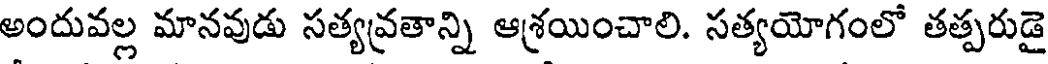
అందువల్ల మానవుడు సత్యవ్రతాన్ని ఆశ్రయించాలి. సత్యయోగంలో తత్పరుడై